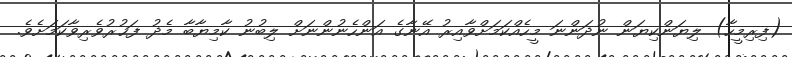
(ފިރިމީހާ) ލިޔަންކިޔަން ނުދަންނަ މީހެއްކަމަށްވާއިރު އޭނާގެ އަންހެނުންނަށް ލިބުނު ކާމިޔާބާ މެދު ފަޚުރުވެރިވާކަމަށެވެ.